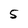
Character: 5